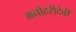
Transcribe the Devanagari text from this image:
मनोहरीदेवी